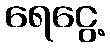
ရေငွေ့